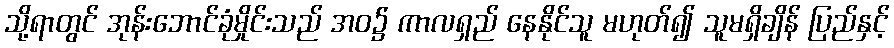
သို့ရာတွင် အုန်းဘောင်ခုံမှိုင်းသည် အဝ၌ ကာလရှည် နေနိုင်သူ မဟုတ်၍ သူမရှိချိန် ပြည်နှင့်